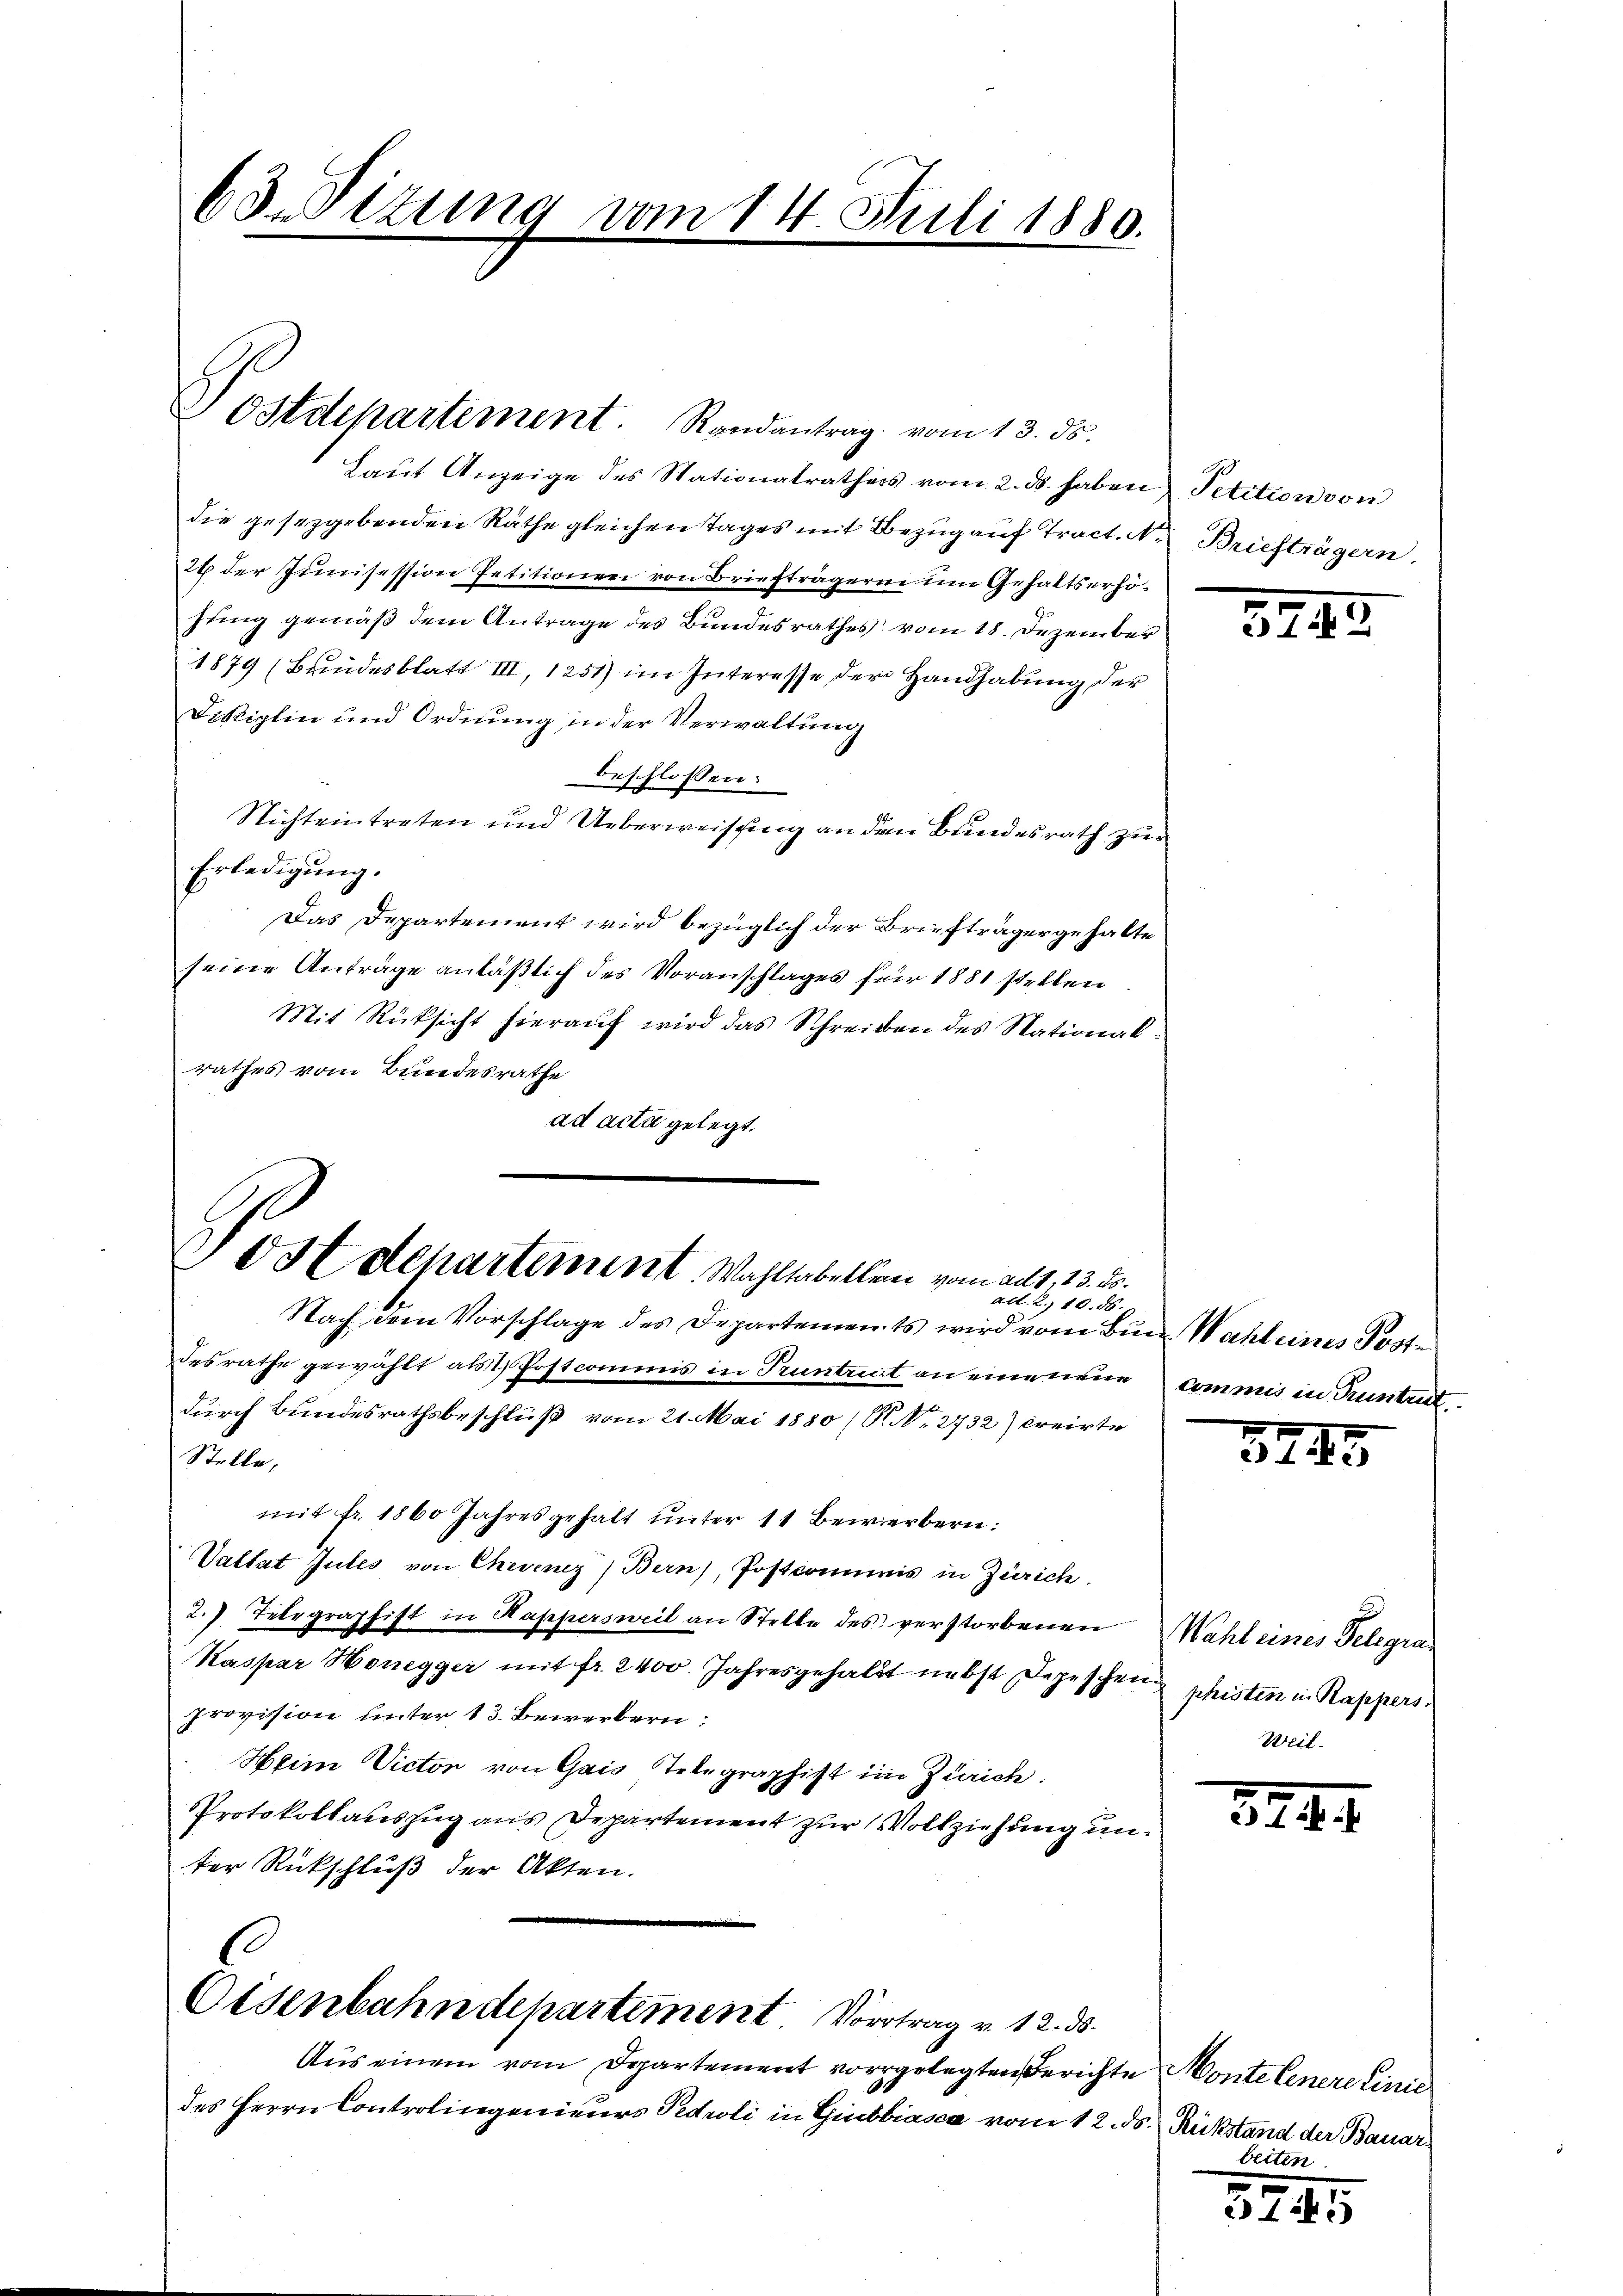
63. Sitzung vom 14. Juli 1880.

Laŭt Anzeige des Stationalrathes vom 2. ds. haben Petition von
die gesetzgebenden Räthe gleichen Tages mit Bezug auf Tract. A. Briefträgern.
29 der Junisession Petitionen von Briefträgerin um Gehaltserhöfung gemäß dem Antrage des Bundesrathes vom 18. Dezember
1879 (Bundesblatt III, 1251) im Interesse der Handhabung der
Disziplin und Ordnung in der Verwaltung
beschlossen:
Nichteintreten und Ueberweisung an den Bundesrath zur
Erledigŭng.
Das Departement wird bezüglich der Briefträgergehalte
seine Antrage anläßlich des Voranschlages für 1881 stellen
Mit Rücksicht hierauf wird das Schreiben des Nationalrathes vom Bundesrathe
ad acta gelegt.

Postdepartement. Randantrag vom 13. ds.

V ostdepartement. Wahltabellen vom ad 1., 13. ds.
au
10.18.

Oisenbahndepartement Vortrag v. 12. ds.

Aus einem vom Departement vorgelegten Berichte Monte Genere Linie
des Herrn Controlingenieurs Pedroli in Gibbiasca vom 12. ds. Rückstand der Bauar

Nach dem Vorschlage des Departements wird vom Bun Wahl eines Poste
desrathe gewählt als Postcommis in Truntrict an eine neue Commis in Pruntert
durch Bundesrathsbeschluß vom 21. Mai 1880 (S. Nr. 2732) creirte
Stelle,
mit fr. 1860 Jahresgehalt ŭnter 11 Bewerbern:
Valtat Gutes von Chevenez) Bern), Postcommis in Zürich
2. Telegraphist in Kappersweil an Stette des verstorbenen
Kaspar Honegger mit fr. 2400. Jahresgehalt nebst Depeschen phisten in Rappersprovision unter 13. Bewerbern:
Heim Victor von Gais Telegraphist im Zürich.
Protokollauszug aus Departement zur Vollziehung unter Rückschluß der Akten.

3942

3745

Wahl eines Telegra
Weis

8244

beiten.

324